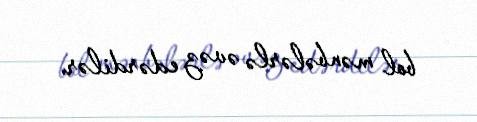
bol mənbələrlə əvəz edərdilər.